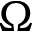
\Omega